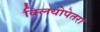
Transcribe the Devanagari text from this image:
क्लियोपेतरा